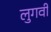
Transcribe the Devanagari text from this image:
लुगवी